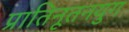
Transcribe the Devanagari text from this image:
प्रातिनूतनयुग